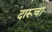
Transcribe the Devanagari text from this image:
दारूचा